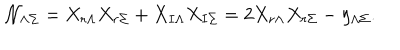
\mathcal { N } _ { \Lambda \Sigma } = X _ { r \Lambda } X _ { r \Sigma } + X _ { I \Lambda } X _ { I \Sigma } = 2 X _ { r \Lambda } X _ { r \Sigma } - \eta _ { \Lambda \Sigma } .